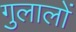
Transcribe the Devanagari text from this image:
गुलालों